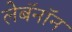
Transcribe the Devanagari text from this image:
लेबॅनॉन